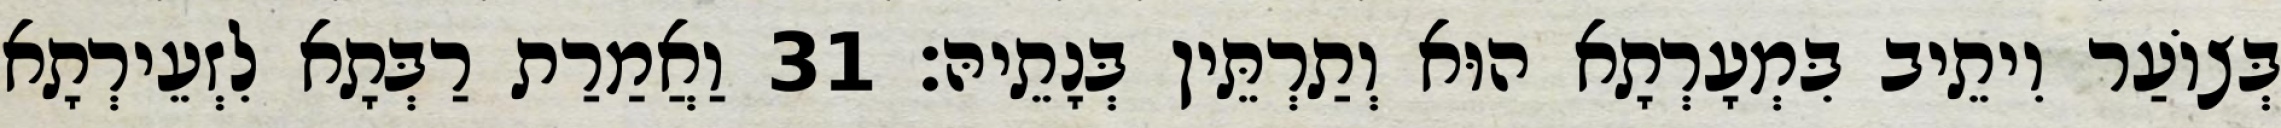
בְּצוֹעַר וִיתֵיב בִּמְעָרְתָא הוּא וְתַרְתֵּין בְּנָתֵיהּ׃ 31 וַאֲמַרַת רַבְּתָא לִזְעֵירְתָא